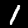
Label: 1